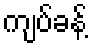
ကျပ်ခန့်